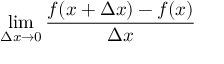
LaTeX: \operatorname* { l i m } _ { \Delta x \to 0 } { \frac { f ( x + \Delta x ) - f ( x ) } { \Delta x } }